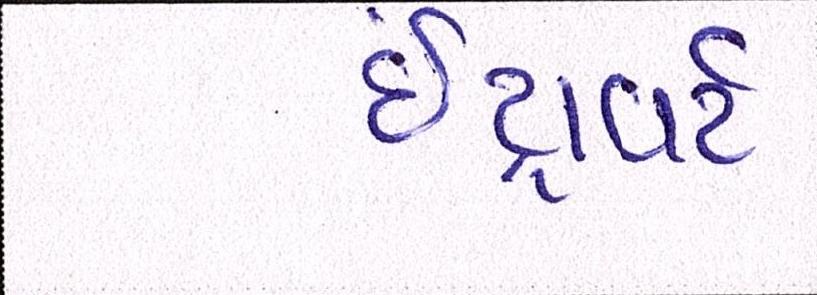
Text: ઇંટ્રોવર્ટ